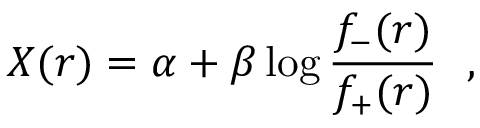
X ( r ) = \alpha + \beta \log \frac { f _ { - } ( r ) } { f _ { + } ( r ) } ~ ~ ,